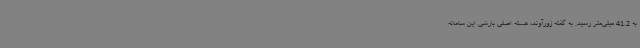
به 41.2 میلی‌متر رسید. به گفته زورآوند، هسته اصلی بارشی این سامانه